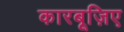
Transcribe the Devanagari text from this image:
कारबूज़िए